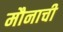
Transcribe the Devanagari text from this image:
मौनाची